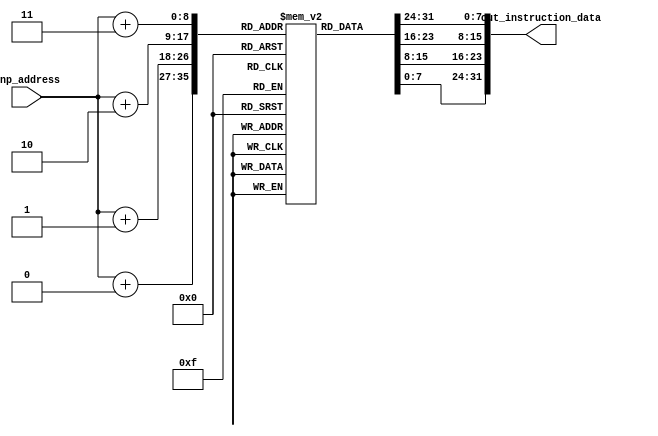
module instruction_memory #(parameter byte_W = 4, Addr_W = 8)
	(
		input [Addr_W-1:0] inp_address, 
		output reg [8*byte_W-1:0] out_instruction_data
	);

	reg [7:0] memory_arr [300:0]; // little endian 2^32-1 is the array size 
	reg [4:0] i;
	
	initial 
		begin
			i = 0;
			memory_arr[0] = 8'h00;
			memory_arr[1] = 8'h10;
			memory_arr[2] = 8'h12;
			memory_arr[3] = 8'hE4;

			memory_arr[4] = 8'h04;
			memory_arr[5] = 8'h30;
			memory_arr[6] = 8'h12;
			memory_arr[7] = 8'hE4;

			/* 
			ADD R2, R3, R1
			memory_arr[8] = 8'h01;
			memory_arr[9] = 8'h20;
			memory_arr[10] = 8'h83;
			memory_arr[11] = 8'hE0;
			*/

			// SUB R3, R3, R1 
			memory_arr[8] = 8'h01;
			memory_arr[9] = 8'h30;
			memory_arr[10] = 8'h43;
			memory_arr[11] = 8'hE0;

			// LDR R7, [R2, #8]
			memory_arr[12] = 8'h08;
			memory_arr[13] = 8'h70;
			memory_arr[14] = 8'h12;
			memory_arr[15] = 8'hE4;


			// ADD R3, R3, R7
			memory_arr[16] = 8'h07;
			memory_arr[17] = 8'h30;
			memory_arr[18] = 8'h83;
			memory_arr[19] = 8'hE0;



			// LDR R2, [R2, #12]
			memory_arr[20] = 8'h0C;
			memory_arr[21] = 8'h20;
			memory_arr[22] = 8'h12;
			memory_arr[23] = 8'hE4;


			// LDR R7, [R2, #0]
			memory_arr[24] = 8'h00;
			memory_arr[25] = 8'h70;
			memory_arr[26] = 8'h12;
			memory_arr[27] = 8'hE4;


			// ADD R2, R2, R7
			memory_arr[28] = 8'h07;
			memory_arr[29] = 8'h20;
			memory_arr[30] = 8'h82;
			memory_arr[31] = 8'hE0;


			// LDR R4, [R2, #0]
			memory_arr[32] = 8'h00;
			memory_arr[33] = 8'h40;
			memory_arr[34] = 8'h12;
			memory_arr[35] = 8'hE4;


			// ADD R2, R2, R7
			memory_arr[36] = 8'h07;
			memory_arr[37] = 8'h20;
			memory_arr[38] = 8'h82;
			memory_arr[39] = 8'hE0;


			// LDR R8, [R9, #8]
			memory_arr[40] = 8'h08;
			memory_arr[41] = 8'h80;
			memory_arr[42] = 8'h19;
			memory_arr[43] = 8'hE4;


			// R6, [R2, #0] 
			memory_arr[44] = 8'h00;
			memory_arr[45] = 8'h60;
			memory_arr[46] = 8'h12;
			memory_arr[47] = 8'hE4;


			// ADD R5, R5, R6
			memory_arr[48] = 8'h06;
			memory_arr[49] = 8'h50;
			memory_arr[50] = 8'h85;
			memory_arr[51] = 8'hE0;

			// ADD R2, R2, R7
			memory_arr[52] = 8'h07;
			memory_arr[53] = 8'h20;
			memory_arr[54] = 8'h82;
			memory_arr[55] = 8'hE0;

			// SUBS R4, R4, R8
			memory_arr[56] = 8'h08;
			memory_arr[57] = 8'h40;
			memory_arr[58] = 8'h54;
			memory_arr[59] = 8'hE0;

			// BNE loop
			memory_arr[60] = 8'h2C;
			memory_arr[61] = 8'h00;
			memory_arr[62] = 8'h00;
			memory_arr[63] = 8'h1A;

			// STR R5, [R2, #0]
			memory_arr[64] = 8'h00;
			memory_arr[65] = 8'h50;
			memory_arr[66] = 8'h02;
			memory_arr[67] = 8'hE4;

		end
	
	always @(*) // Combinational Logic
		begin
			for (i = 0; i < byte_W; i = i+1)
				begin
					out_instruction_data[i*8 +: 8] = memory_arr[inp_address+i];
				end
		end
		
endmodule